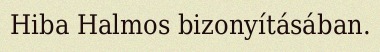
Hiba Halmos bizonyításában.